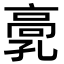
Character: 𩫂